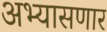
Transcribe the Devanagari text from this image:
अभ्यासणार